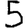
Digit: 5